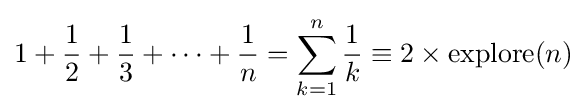
1+{\frac {1}{2}}+{\frac {1}{3}}+\cdots +{\frac {1}{n}}=\sum _{k=1}^{n}{\frac {1}{k}}\equiv 2\times \mathrm {explore} (n)